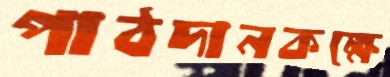
পাঠদানকক্ষে